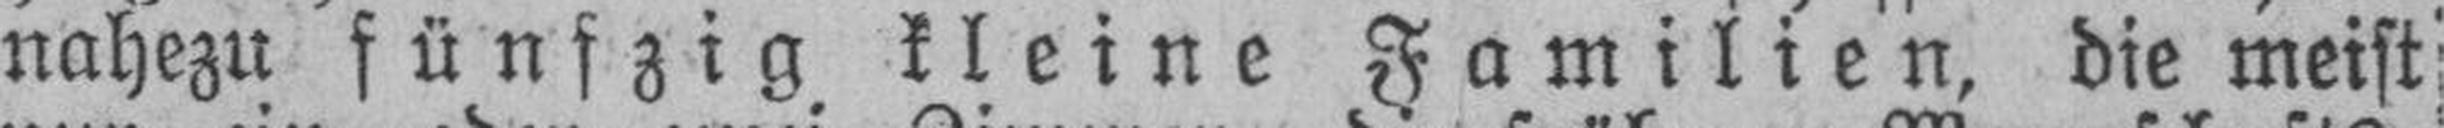
nahezu fünfzig kleine Familien, die meist